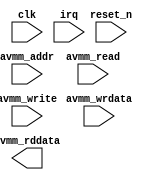
module ILC (
		input  wire        reset_n,     //      reset_n.reset_n
		input  wire        clk,         //          clk.clk
		input  wire [1:0]  irq,         //          irq.irq
		input  wire [5:0]  avmm_addr,   // avalon_slave.address
		input  wire [31:0] avmm_wrdata, //             .writedata
		input  wire        avmm_write,  //             .write
		input  wire        avmm_read,   //             .read
		output wire [31:0] avmm_rddata  //             .readdata
	);
endmodule